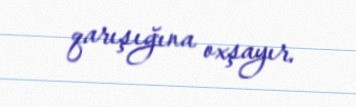
qarışığına oxşayır.